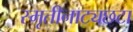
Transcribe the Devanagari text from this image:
स्मृतीनाट्यछटा